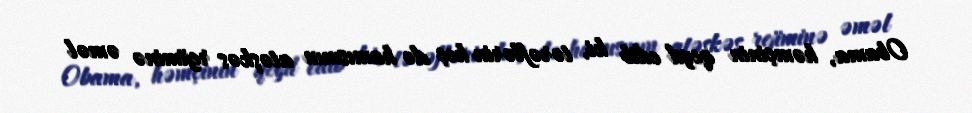
Obama, həmçinin qeyd edib ki, tərəflərin heç də hamısının atəşkəs rejiminə əməl